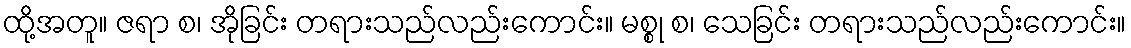
ထို့အတူ။ ဇရာ စ၊ အိုခြင်း တရားသည်လည်းကောင်း။ မစ္စု စ၊ သေခြင်း တရားသည်လည်းကောင်း။